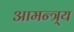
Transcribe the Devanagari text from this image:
आमन्त्र्य